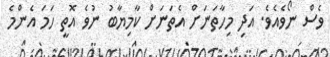
ވެސް ނޯވެއެވެ. އަދި މިހާތަނަށް އެތަނަށް ކާމިޔާބު ނުވެ އޮތީ ހަމަ އެންމެ